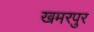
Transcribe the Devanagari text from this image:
खमरपुर